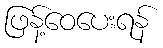
ဖြန့်ဝေပေးရန်